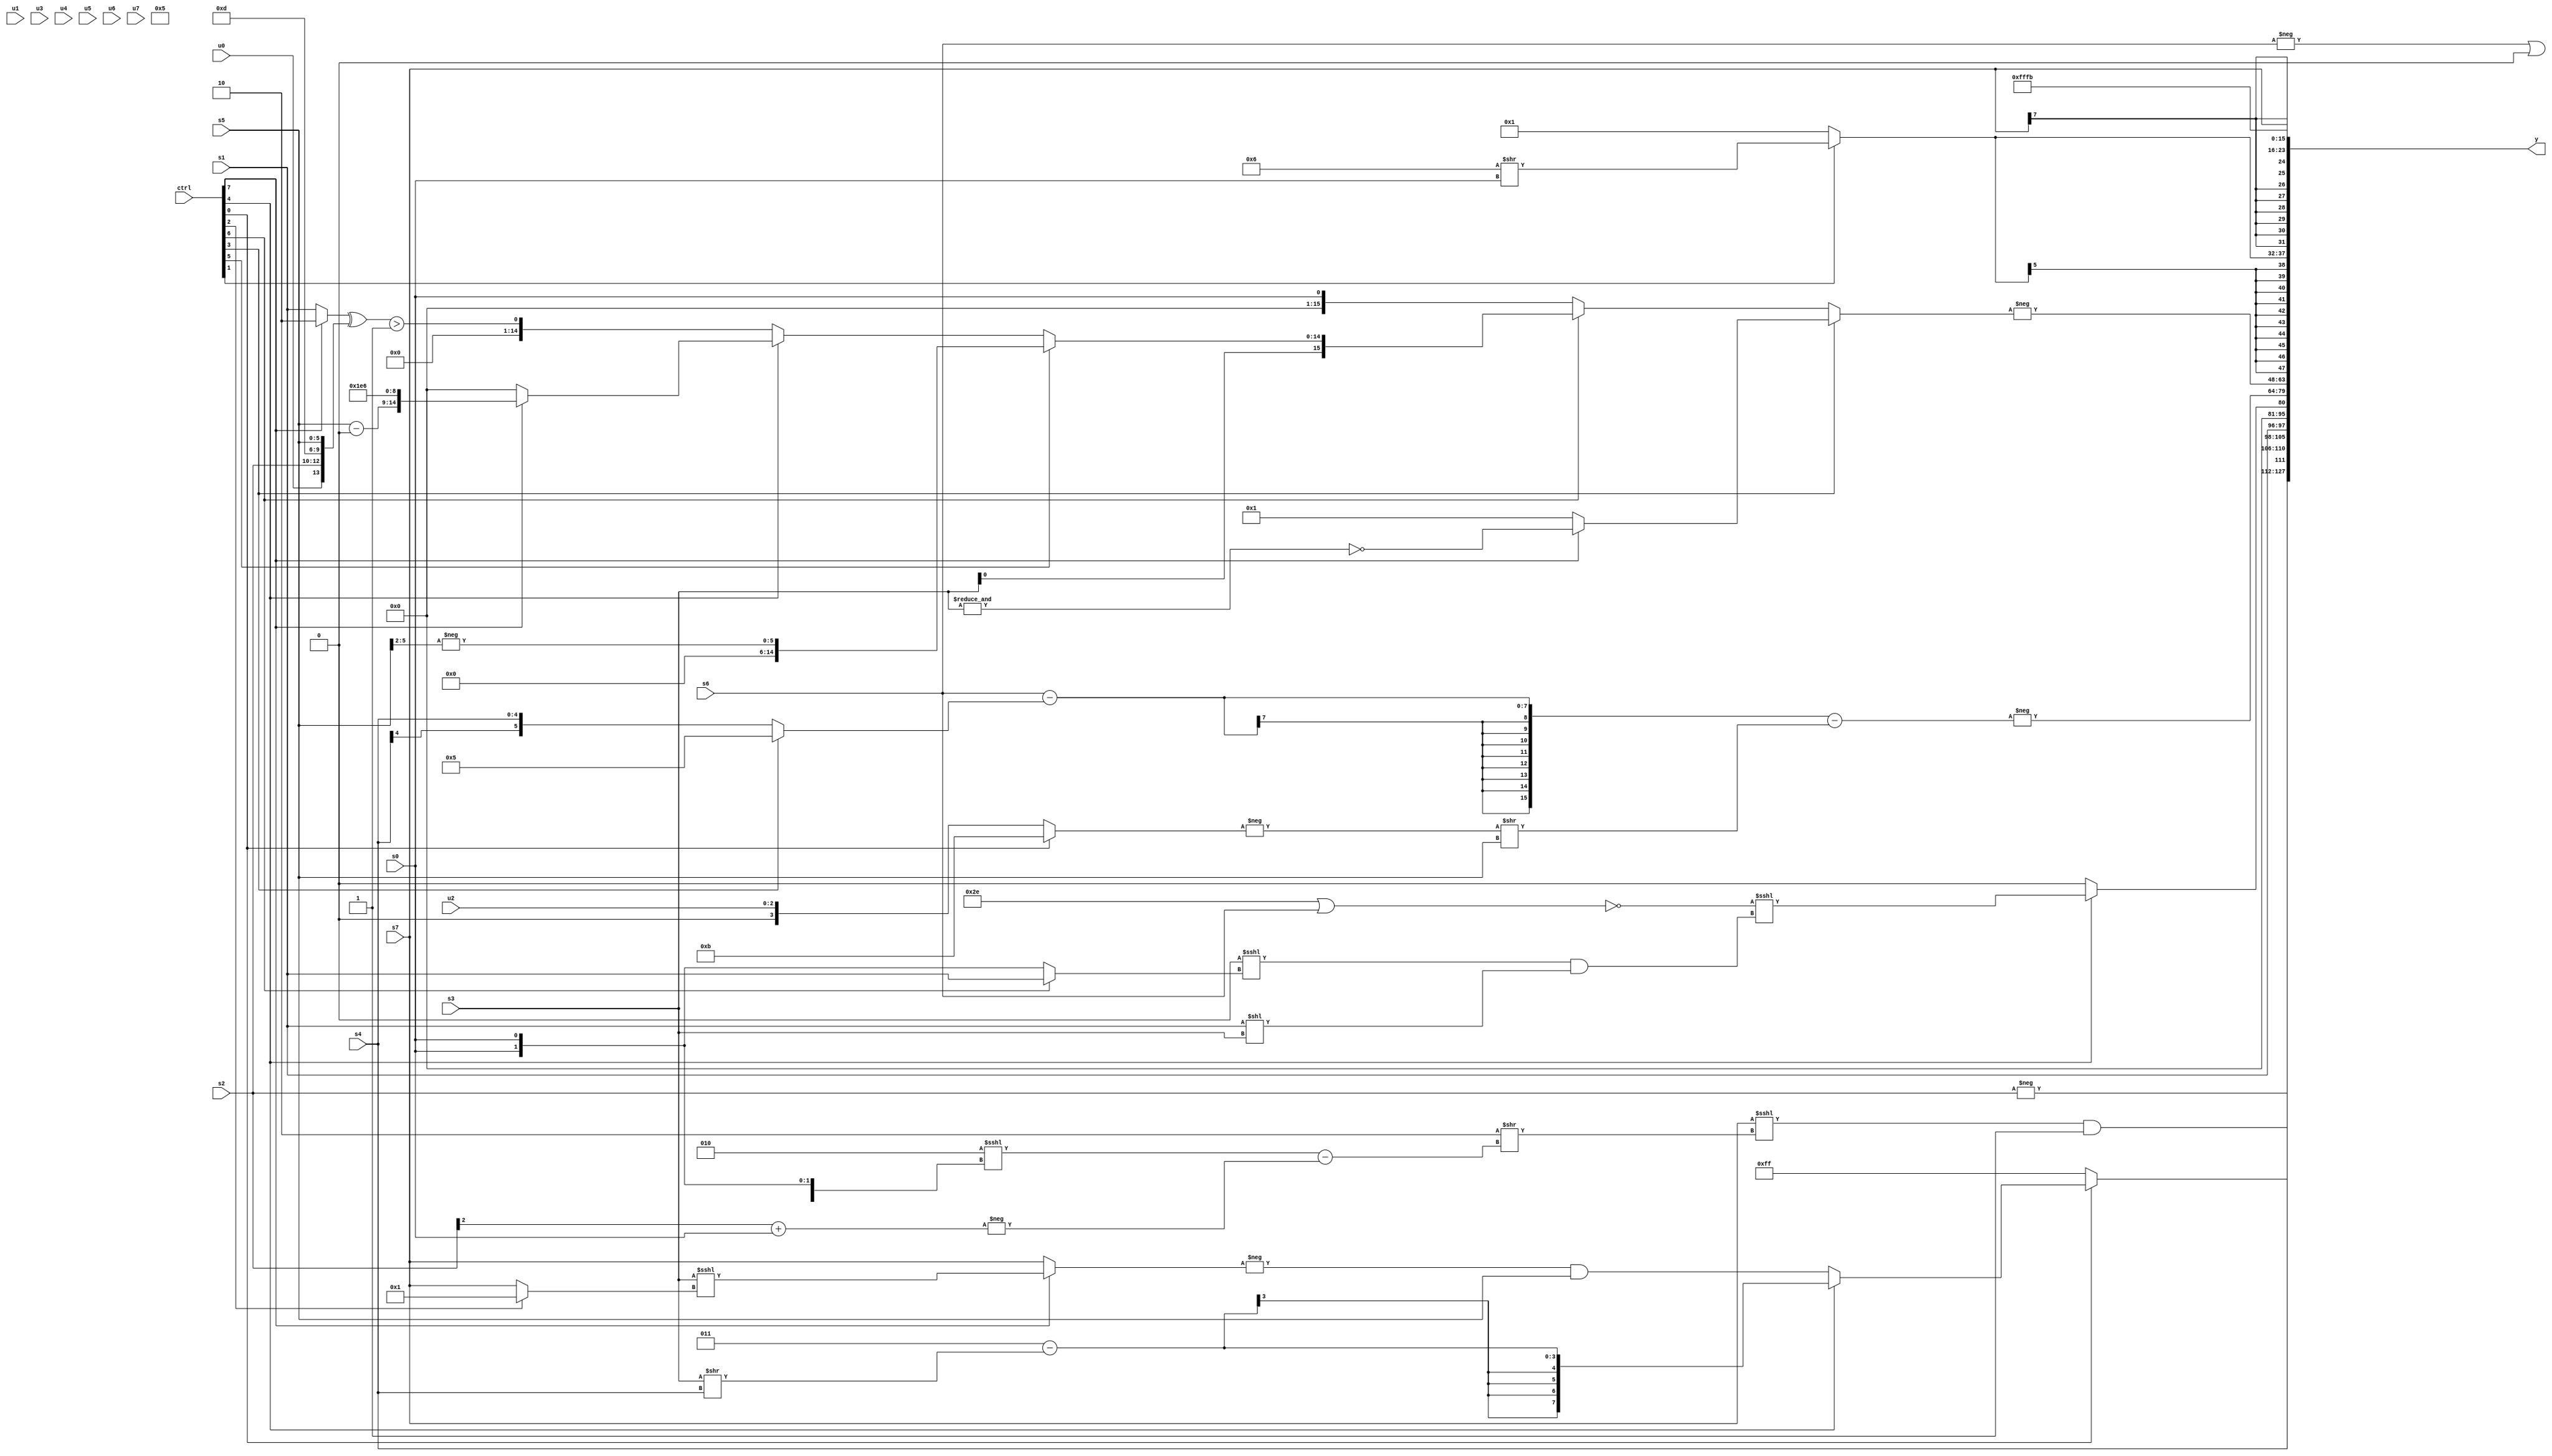
module wideexpr_00284(ctrl, u0, u1, u2, u3, u4, u5, u6, u7, s0, s1, s2, s3, s4, s5, s6, s7, y);
  input [7:0] ctrl;
  input [0:0] u0;
  input [1:0] u1;
  input [2:0] u2;
  input [3:0] u3;
  input [4:0] u4;
  input [5:0] u5;
  input [6:0] u6;
  input [7:0] u7;
  input signed [0:0] s0;
  input signed [1:0] s1;
  input signed [2:0] s2;
  input signed [3:0] s3;
  input signed [4:0] s4;
  input signed [5:0] s5;
  input signed [6:0] s6;
  input signed [7:0] s7;
  output [127:0] y;
  wire [15:0] y0;
  wire [15:0] y1;
  wire [15:0] y2;
  wire [15:0] y3;
  wire [15:0] y4;
  wire [15:0] y5;
  wire [15:0] y6;
  wire [15:0] y7;
  assign y = {y0,y1,y2,y3,y4,y5,y6,y7};
  assign y0 = -(s2);
  assign y1 = {(($signed(s7))<<<((2'sb10)>>((($signed(+(3'sb010)))<<<({(-(s6))|(+(3'b000)),4'sb0101,{2{s0}}}))-($signed(-(((s2)>>>(5'sb01111))+(s0)))))))&(6'sb100111),+(s4),(ctrl[0]?(ctrl[4]?$signed((3'sb011)-((+(s3))>>(s4))):(-($signed((ctrl[7]?(+(s3))<<<((ctrl[2]?2'sb01:s7)):(s7)<<(2'sb00)))))&(s5)):+(4'sb1111)),s1};
  assign y2 = $unsigned((ctrl[4]?(!((6'sb101110)|(s6)))<<<((((4'sb0010)>>(4'b1100))<<<((ctrl[6]?s1:s0)))&(+((s1)<<(s3)))):^($signed(2'b11))));
  assign y3 = -((+(((s6)>>>({3{1'b0}}))-($signed((ctrl[3]?6'sb000101:s4)))))-((-((ctrl[0]?4'sb1011:+(u2))))>>(s5)));
  assign y4 = -((ctrl[3]?(ctrl[7]?~(&(s3)):^(2'sb10)):(ctrl[6]?{s1,s3,(ctrl[5]?{$signed(-((s5)>>>(2'b10)))}:(ctrl[4]?(ctrl[7]?{(s5)-(1'sb0),$signed(5'b11110),4'sb0110}:((1'b1)<<<(5'sb10101))|(^(3'b011))):(((ctrl[7]?5'b00010:s1))^({u0,s2,4'sb1101,s5}))>(|($signed(4'sb0100)))))}:$signed(s0))));
  assign y5 = $signed((ctrl[1]?(4'sb0110)>>(+(s0)):(ctrl[1]?s5:2'sb01)));
  assign y6 = s7;
  assign y7 = +(4'sb1011);
endmodule